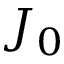
J _ { 0 }